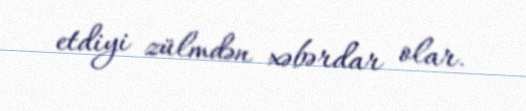
etdiyi zülmdən xəbərdar olar.